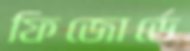
ফিজোর্ডে